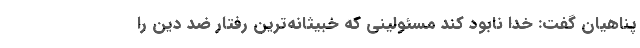
پناهیان گفت: خدا نابود کند مسئولینی که خبیثانه‌ترین رفتار ضد دین را